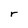
Character: r